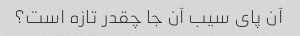
آن پای سیب آن جا چقدر تازه است؟